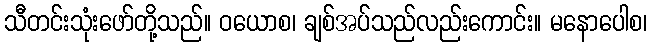
သီတင်းသုံးဖော်တို့သည်။ ဝယောစ၊ ချစ်အပ်သည်လည်းကောင်း။ မနောပေါစ၊